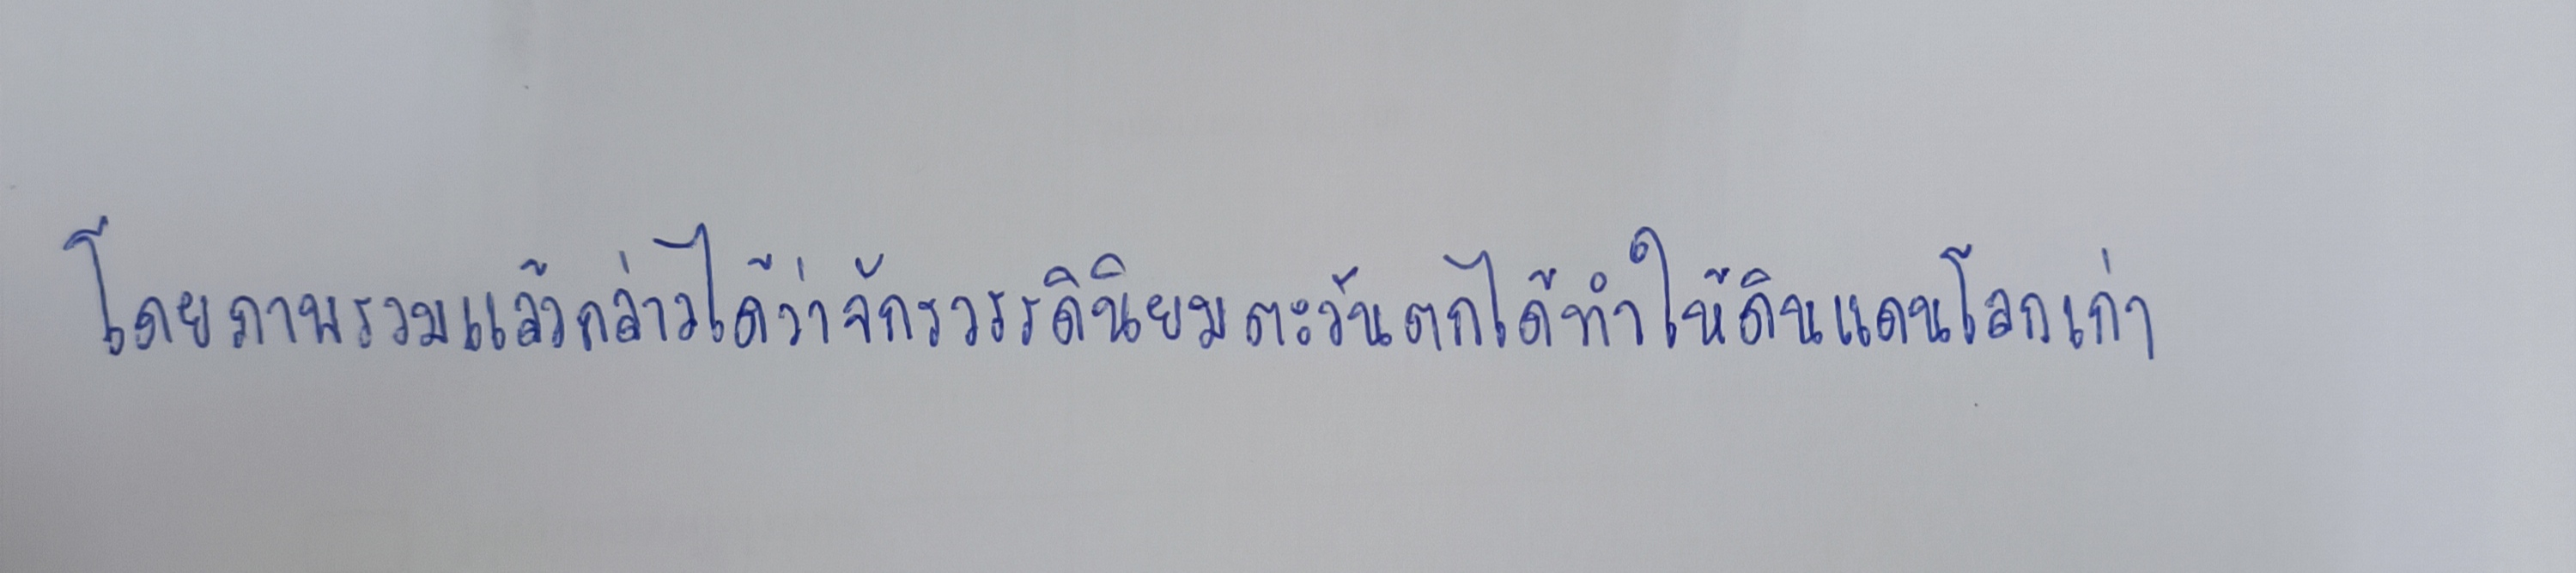
โดยภาพรวมแล้วกล่าวได้ว่าจักรวรรดินิยมตะวันตกได้ทำให้ดินแดนโลกเก่า